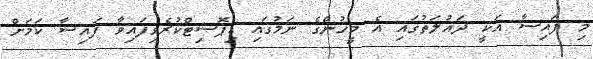
މި ފައިސާ އަކީ ދައުލަތުގައި އެ މީހުންގެ ނަމުގައި ޑިޕޮސިޓްކުރެވިފައިވާ ފައިސާ ކަމަށް